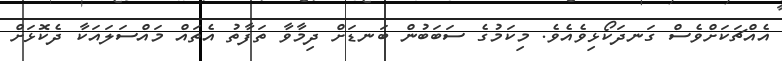
އެއްޗަކަށްވެސް ގަނދަކޯޅިވެއެވެ. މިކަމުގެ ސަބަބުން ބަނޑަށް ދިމާވާ ތަފާތު އެތައް މައްސަލައަކާ ދެކޮޅަށް